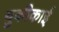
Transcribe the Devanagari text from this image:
युकीकाई